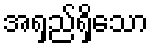
အရှည်ရှိသော